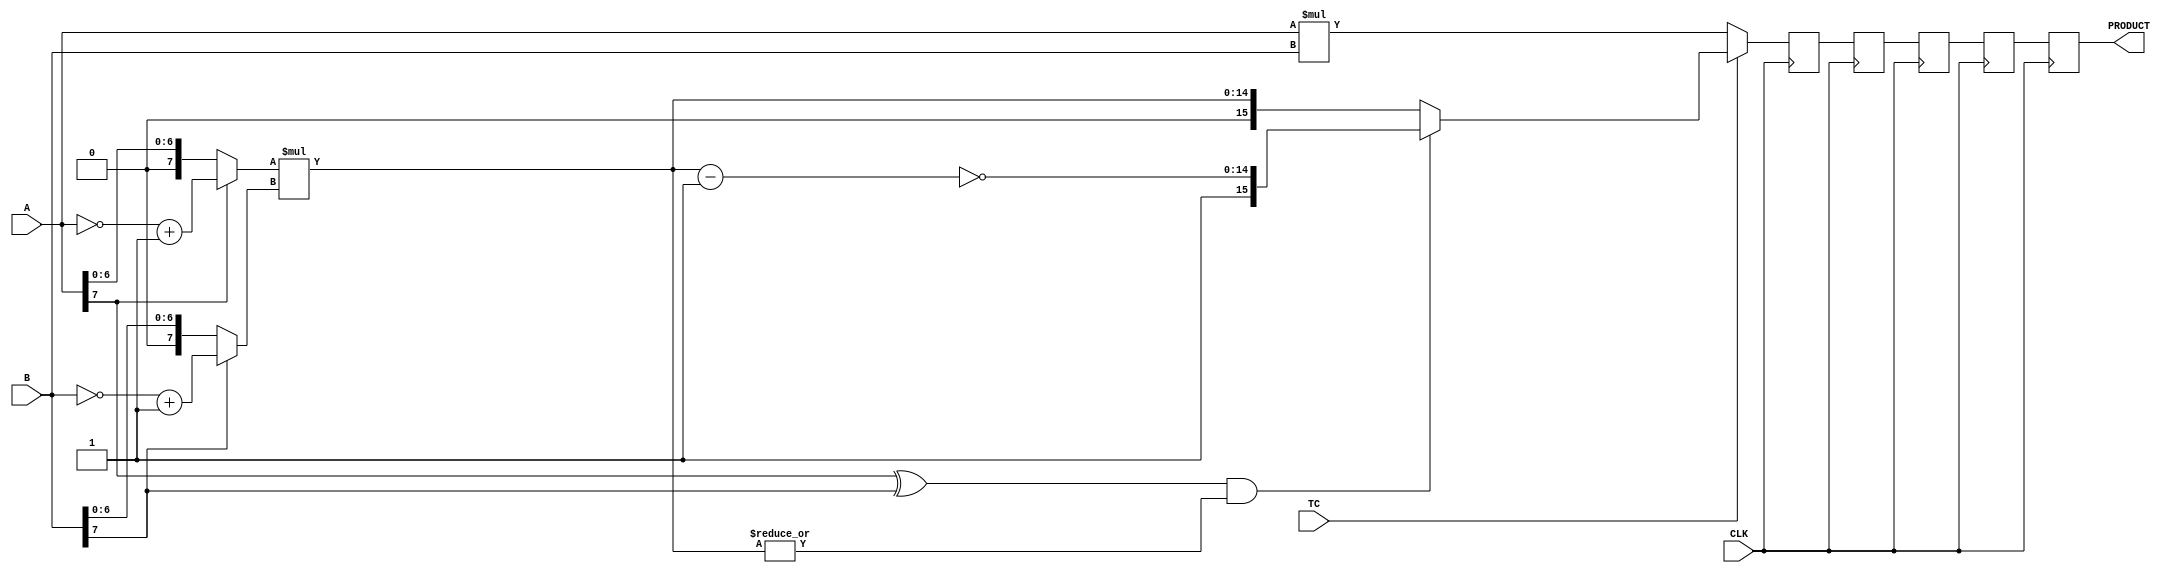
////////////////////////////////////////////////////////////////////////////////
//
//       This confidential and proprietary software may be used only
//     as authorized by a licensing agreement from Synopsys Inc.
//     In the event of publication, the following notice is applicable:
//
//                    (C) COPYRIGHT 1996 - 2018 SYNOPSYS INC.
//                           ALL RIGHTS RESERVED
//
//       The entire notice above must be reproduced on all authorized
//     copies.
//
//
// VERSION:   Simulation Architecture
//
// DesignWare_version: 10edfbcd
// DesignWare_release: O-2018.06-DWBB_201806.3
//
////////////////////////////////////////////////////////////////////////////////
//-----------------------------------------------------------------------------------
//
// ABSTRACT:  Six-Stage Pipelined Multiplier
//           A_width-Bits * B_width-Bits => A_width+B_width Bits
//           Operands A and B can be either both signed (two's complement) or 
//	     both unsigned numbers. TC determines the coding of the input operands.
//           ie. TC = '1' => signed multiplication
//	         TC = '0' => unsigned multiplication
//
//
//            Move component from DW03 to DW02
//	Jay Zhu, Nov 29, 1999: remove unit delay and simplify procedures
//---------------------------------------------------------------------------------


module DW02_mult_6_stage(A,B,TC,CLK,PRODUCT);
parameter	integer A_width = 8;
parameter	integer B_width = 8;
input	[A_width-1:0]	A;
input	[B_width-1:0]	B;
input			TC,CLK;
output	[A_width+B_width-1:0]	PRODUCT;

reg	[A_width+B_width-1:0]	PRODUCT,product_piped1,product_piped2;
reg     [A_width+B_width-1:0]   product_piped3,product_piped4;
wire	[A_width+B_width-1:0]	pre_product;

wire	[A_width-1:0]	temp_a;
wire	[B_width-1:0]	temp_b;
wire	[A_width+B_width-2:0]	long_temp1,long_temp2;

assign	temp_a = (A[A_width-1])? (~A + 1'b1) : A;
assign	temp_b = (B[B_width-1])? (~B + 1'b1) : B;

assign	long_temp1 = temp_a * temp_b;
assign	long_temp2 = ~(long_temp1 - 1'b1);

assign	pre_product = (TC)? (((A[A_width-1] ^ B[B_width-1]) && (|long_temp1))?
				{1'b1,long_temp2} : {1'b0,long_temp1})
			: A * B;

always @ (posedge CLK)
begin
	product_piped1 <= pre_product;
	product_piped2 <= product_piped1;
        product_piped3 <= product_piped2;
        product_piped4 <= product_piped3;
        PRODUCT <= product_piped4;
end

endmodule